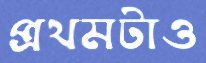
প্রথমটাও